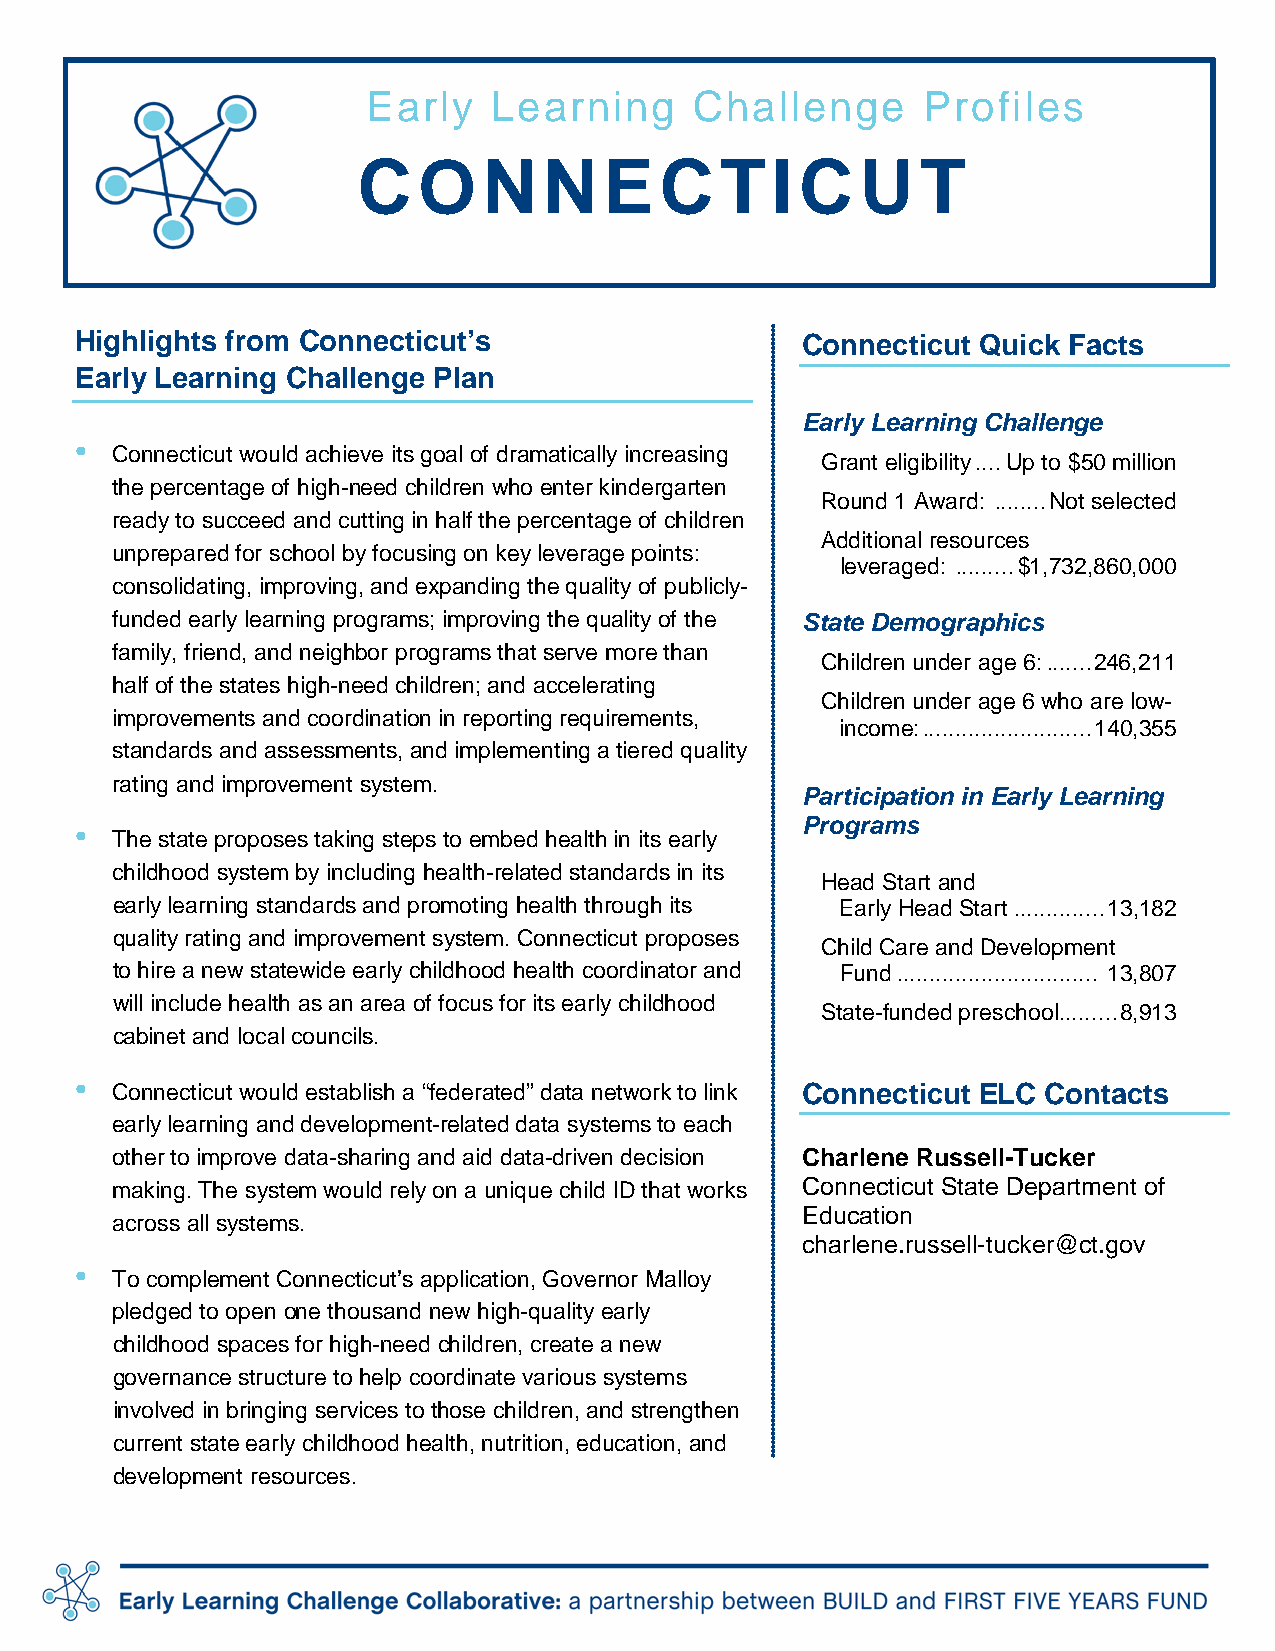
Early    Learning     Challenge      Profiles
 C   ON      NEC         TIC      U   T
 Highlights from Connecticut’s                   Connecticut Quick Facts
 Early Learning Challenge Plan
 Early Learning Challenge
 •
 Connecticut would achieve its goal of dramatically increasing
 Grant eligibility .... Up to $50 million
 the percentage of high-need children who enter kindergarten
 Round 1 Award: ........ Not selected
 ready to succeed and cutting in half the percentage of children
 Additional resources
 unprepared for school by focusing on key leverage points:
 leveraged: ......... $1,732,860,000
 consolidating, improving, and expanding the quality of publicly-
 funded early learning programs; improving the quality of the State Demographics
 family, friend, and neighbor programs that serve more than
 Children under age 6: ....... 246,211
 half of the states high-need children; and accelerating
 Children under age 6 who are low-
 improvements and coordination in reporting requirements,
 income: .......................... 140,355
 standards and assessments, and implementing a tiered quality
 rating and improvement system.
 Participation in Early Learning
 •                                               Programs
 The state proposes taking steps to embed health in its early
 childhood system by including health-related standards in its
 Head Start and
 early learning standards and promoting health through its Early Head Start .............. 13,182
 quality rating and improvement system. Connecticut proposes
 Child Care and Development
 to hire a new statewide early childhood health coordinator and Fund ............................... 13,807
 will include health as an area of focus for its early childhood
 State-funded preschool ......... 8,913
 cabinet and local councils.
 •
 Connecticut would establish a “federated” data network to link Connecticut ELC Contacts
 early learning and development-related data systems to each
 other to improve data-sharing and aid data-driven decision Charlene Russell-Tucker
 making. The system would rely on a unique child ID that works Connecticut State Department of
 Education
 across all systems.
 charlene.russell-tucker@ct.gov
 •
 To complement Connecticut’s application, Governor Malloy
 pledged to open one thousand new high-quality early
 childhood spaces for high-need children, create a new
 governance structure to help coordinate various systems
 involved in bringing services to those children, and strengthen
 current state early childhood health, nutrition, education, and
 development resources.